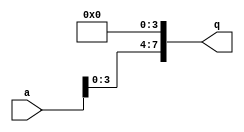
module left_shift_reg(
  input [7:0]a,
  output reg [7:0]q);
  always @(*)
    begin
      q=a<<4;
    end 
endmodule